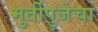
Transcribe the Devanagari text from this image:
मुर्तीपुजेचा